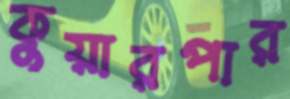
কুয়ারপার